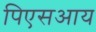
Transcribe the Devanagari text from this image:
पिएसआय